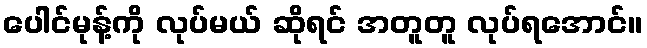
ပေါင်မုန့်ကို လုပ်မယ် ဆိုရင် အတူတူ လုပ်ရအောင်။